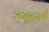
ઝઝૂમવાની